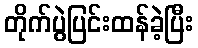
တိုက်ပွဲပြင်းထန်ခဲ့ပြီး